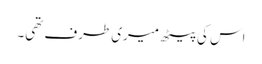
اس کی پیٹھ میری طرف تھی۔